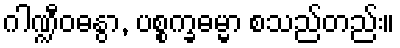
ဂါဏ္ဍီဝဓနွာ, ပစ္စက္ခဓမ္မာ စသည်တည်း။